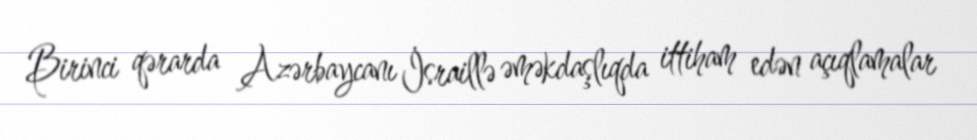
Birinci qərarda Azərbaycanı İsraillə əməkdaşlıqda ittiham edən açıqlamalar